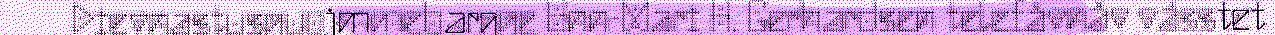
Dievnastusguojmmebargge Unn-Mari H. Gerhardsen telefåvnåv vásstet